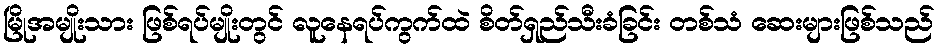
မြိုအမျိုးသား ဖြစ်ရပ်မျိုးတွင် လူနေရပ်ကွက်ထဲ စိတ်ရှည်သီးခံခြင်း တစ်သံ ဆေးများဖြစ်သည်